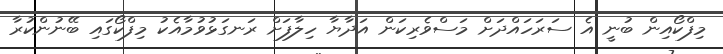
މިފްކޯއިން ބުނީ އެ ސަރަހައްދަށް މަސްވެރިކަން އަދާޔާ ހިލާފަށް ރަނގަޅުވުމާއެކު މިފްކޯގައި ބޭނުންކުރާ